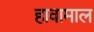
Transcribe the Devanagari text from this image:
हावामाल